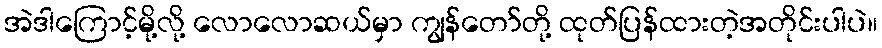
အဲဒါကြောင့်မို့လို့ လောလောဆယ်မှာ ကျွန်တော်တို့ ထုတ်ပြန်ထားတဲ့အတိုင်းပါပဲ။